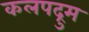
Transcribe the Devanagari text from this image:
कलपद्रुम